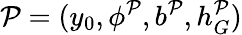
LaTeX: \mathcal{P}=(y_{0},\phi^{\mathcal{P}},b^{\mathcal{P}},h_{G}^{\mathcal{P}})